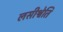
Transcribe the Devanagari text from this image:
लसीश्वेति